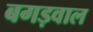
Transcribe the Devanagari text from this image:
बगड़वाल